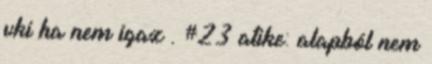
vki ha nem igaz . #23 atike: alapból nem